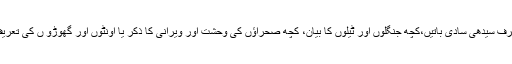
ان کے شعروں میں نہ لفظوں کا الٹ پھیر ہوتا نہ بناوٹ، صرف سیدھی سادی باتیں،کچھ جنگلوں اور ٹیلوں کا بیان، کچھ صحراؤں کی وحشت اور ویرانی کا ذکر یا اونٹوں اور گھوڑو ں کی تعریف، لیکن ان کی زبانوں سے جو کچھ نکلتا ،دلوں میں اترجاتا۔